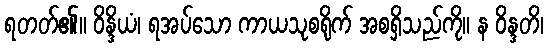
ရတတ်၏။ ဝိန္ဒိယံ၊ ရအပ်သော ကာယသုစရိုက် အစရှိသည်ကို။ န ဝိန္ဒတိ၊